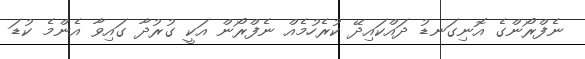
ނެފްރޯންގެ އޮނިގަނޑު ދައްކައިދޭ ކުރެހުމެއް ނެފްރޯން އަކީ ގުރުދާ ގައިވާ އެންމެ ކުޑަ